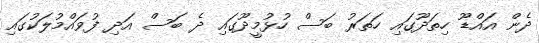
ދެން އައްޑޫ ހިތަދޫގައި ހަތަރު ބަސް ހުޅުމީދޫގައި ދެ ބަސް އަދި ފުވައްމުލަކުގައި